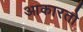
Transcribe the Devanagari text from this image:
आकारतो